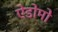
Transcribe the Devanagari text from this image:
ऐडोमो